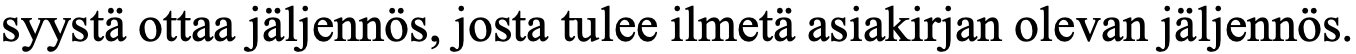
syystä ottaa jäljennös, josta tulee ilmetä asiakirjan olevan jäljennös.